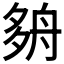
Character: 𡖫